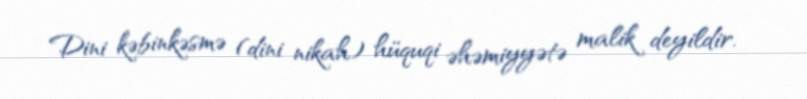
Dini kəbinkəsmə (dini nikah) hüquqi əhəmiyyətə malik deyildir.